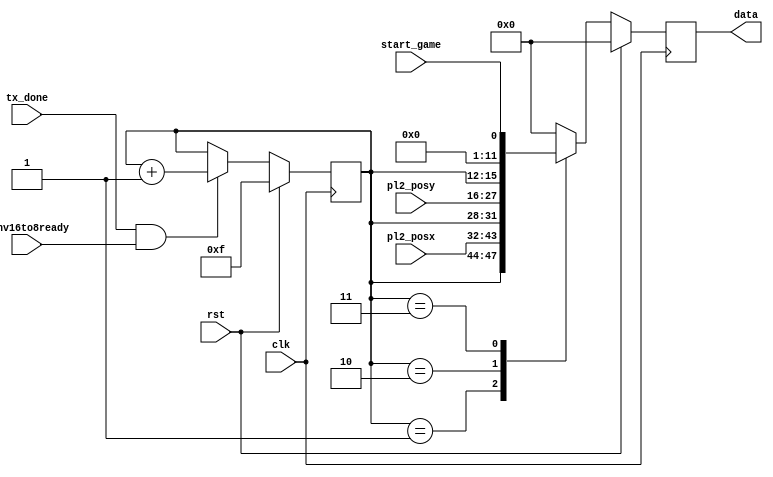
/*--------------------------------------*/
/*      AUTHOR - Stanisaw Klat         */
/*--------------------------------------*/

module uart_mux (
    input wire clk,
    input wire rst,
    input wire tx_done,
    //input data to mux
    input wire [11:0] pl2_posx,
    input wire [11:0] pl2_posy,
    input wire start_game,
    //mux output
    output reg [15:0] data,
    input wire conv16to8ready
  );

  localparam  PL2_POSX = 4'h1,
              PL2_POSY = 4'h2,
              MATCH_CTRL = 4'h3;

  reg [3:0] sel, sel_nxt;

  always @(posedge clk)
  begin
    if(rst)
    begin
      sel <= 4'hF;
    end
    else
    begin
      sel <= sel_nxt;
    end
  end

  always @*
  begin
    sel_nxt = (tx_done & conv16to8ready) ? sel + 1 : sel;
  end
  reg [15:0] data_nxt;

  always @(posedge clk)
  begin
    if(rst)
    begin
      data <= 0;
    end
    else
    begin
      data <= data_nxt;
    end

  end


  always @*
  begin
    case(sel)
      PL2_POSX:
        data_nxt = {sel, pl2_posx};
      PL2_POSY:
        data_nxt = {sel, pl2_posy};
      MATCH_CTRL:
        data_nxt = {sel, 11'b0, start_game};
      default:
        data_nxt = 16'b0;
    endcase
  end

endmodule